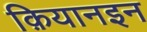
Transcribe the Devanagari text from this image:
क़ियानइन